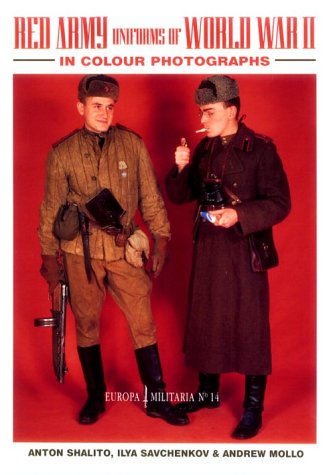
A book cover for Red Army Uniforms of World War II in Colour Photographs (Europa Militaria); Andrew Mollo; History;